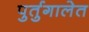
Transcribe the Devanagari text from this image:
पुर्तुगालेत